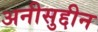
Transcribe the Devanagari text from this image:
अनीसुद्दीन